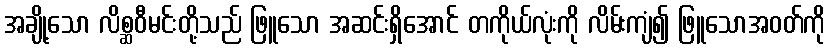
အချို့သော လိစ္ဆဝီမင်းတို့သည် ဖြူသော အဆင်းရှိအောင် တကိုယ်လုံးကို လိမ်းကျံ၍ ဖြူသောအဝတ်ကို